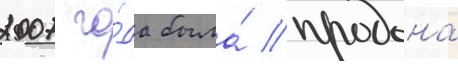
2007 го́да была́ продана